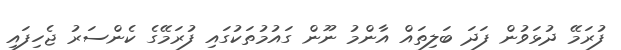
ފުރަމޭ ދުޅަވުން ފަދަ ބަލިތައް އާންމު ނޫން ގައުމުތަކުގައި ފުރަމޭގެ ކެންސަރު ޖެހިފައި